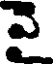
వై